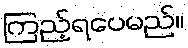
ကြည့်ရပေမည်။